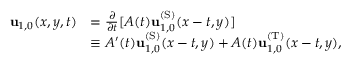
\begin{array} { r l } { \mathbf { u } _ { 1 , 0 } ( x , y , t ) } & { = \frac { \partial } { \partial t } [ A ( t ) \mathbf { u } _ { 1 , 0 } ^ { \mathrm { ( S ) } } ( x - t , y ) ] } \\ & { \equiv A ^ { \prime } ( t ) \mathbf { u } _ { 1 , 0 } ^ { \mathrm { ( S ) } } ( x - t , y ) + A ( t ) \mathbf { u } _ { 1 , 0 } ^ { \mathrm { ( T ) } } ( x - t , y ) , } \end{array}